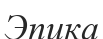
Эпика